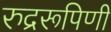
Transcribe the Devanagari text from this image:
रुद्ररूपिणी